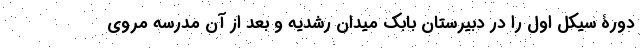
دورۀ سیکل اول را در دبیرستان بابک میدان رُشدیه و بعد از آن مدرسه مروی